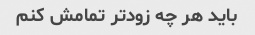
باید هر چه زودتر تمامش کنم